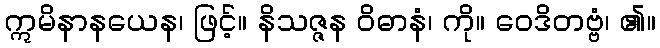
ဣမိနာနယေန၊ ဖြင့်။ နိသဇ္ဇန ဝိဓာနံ၊ ကို။ ဝေဒိတဗ္ဗံ၊ ၏။